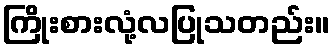
ကြိုးစားလုံ့လပြုသတည်း။